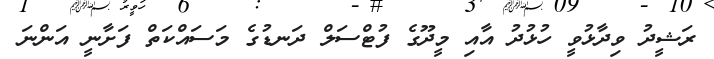
ރަޝީދު ވިދާޅުވީ ހުޅުދު އާއި މީދޫގެ ފުޓްސަލް ދަނޑުގެ މަސައްކަތް ފަށާނީ އަންނަ